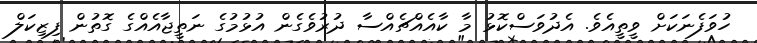
ހުވަފެނަކަށް ވީތީއެވެ. އެދުވަސްކޮޅު މާ ކާއެއްޗެއްސާ ދުރުވެގެން އުޅުމުގެ ނަތީޖާއެއްގެ ގޮތުން ފިޒިކަލް